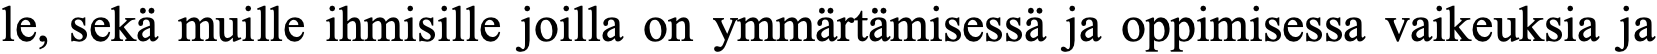
le, sekä muille ihmisille joilla on ymmärtämisessä ja oppimisessa vaikeuksia ja